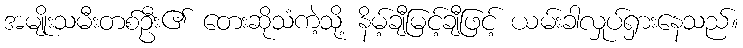
အမျိုးသမီးတစ်ဦး၏ တေးဆိုသံကဲ့သို့ နိမ့်ချီမြင့်ချီဖြင့် ယမ်းခါလှုပ်ရှားနေသည်။